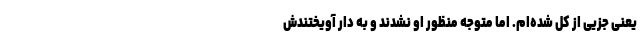
یعنی جزیی از کل شده‌ام. اما متوجه منظور او نشدند و به دار آویختندش